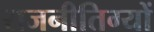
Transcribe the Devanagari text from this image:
राजनीतिग्यों